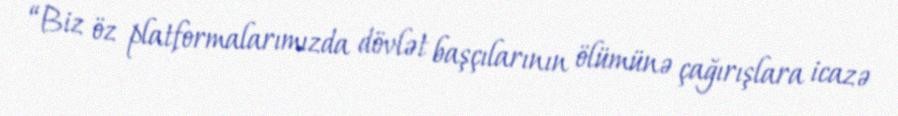
“Biz öz platformalarımızda dövlət başçılarının ölümünə çağırışlara icazə